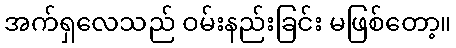
အက်ရှလေသည် ဝမ်းနည်းခြင်း မဖြစ်တော့။